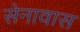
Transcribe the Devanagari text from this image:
सेनावास